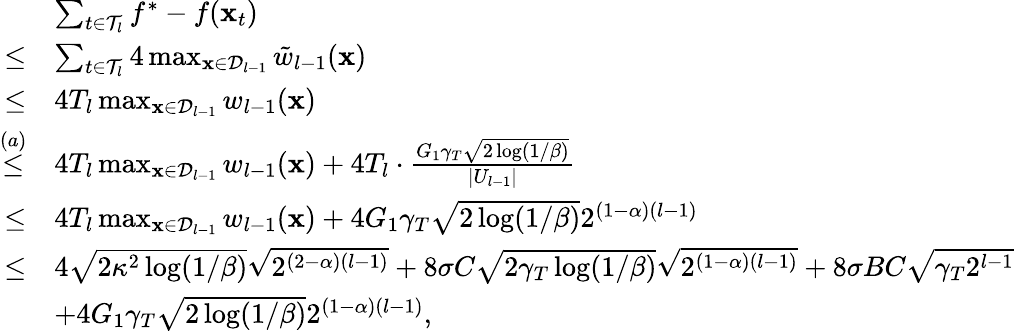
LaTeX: \begin{array}{rl}&{\sum_{t\in\mathcal{T}_{l}}f^{*}-f(\mathbf{x}_{t})}\\ {\leq}&{\sum_{t\in\mathcal{T}_{l}}4\operatorname*{max}_{\mathbf{x}\in\mathcal{D}_{l-1}}\tilde{w}_{l-1}(\mathbf{x})}\\ {\leq}&{4T_{l}\operatorname*{max}_{\mathbf{x}\in\mathcal{D}_{l-1}}w_{l-1}(\mathbf{x})}\\ {\overset{(a)}{\leq}}&{4T_{l}\operatorname*{max}_{\mathbf{x}\in\mathcal{D}_{l-1}}w_{l-1}(\mathbf{x})+4T_{l}\cdot\frac{G_{1}\gamma_{T}\sqrt{2\log(1/\beta)}}{|U_{l-1}|}}\\ {\leq}&{4T_{l}\operatorname*{max}_{\mathbf{x}\in\mathcal{D}_{l-1}}w_{l-1}(\mathbf{x})+4G_{1}\gamma_{T}\sqrt{2\log(1/\beta)}2^{(1-\alpha)(l-1)}}\\ {\leq}&{4\sqrt{2\kappa^{2}\log(1/\beta)}\sqrt{2^{(2-\alpha)(l-1)}}+8\sigma C\sqrt{2\gamma_{T}\log(1/\beta)}\sqrt{2^{(1-\alpha)(l-1)}}+8\sigma BC\sqrt{\gamma_{T}2^{l-1}}}\\ &{+4G_{1}\gamma_{T}\sqrt{2\log(1/\beta)}2^{(1-\alpha)(l-1)},}\end{array}